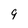
Character: 9